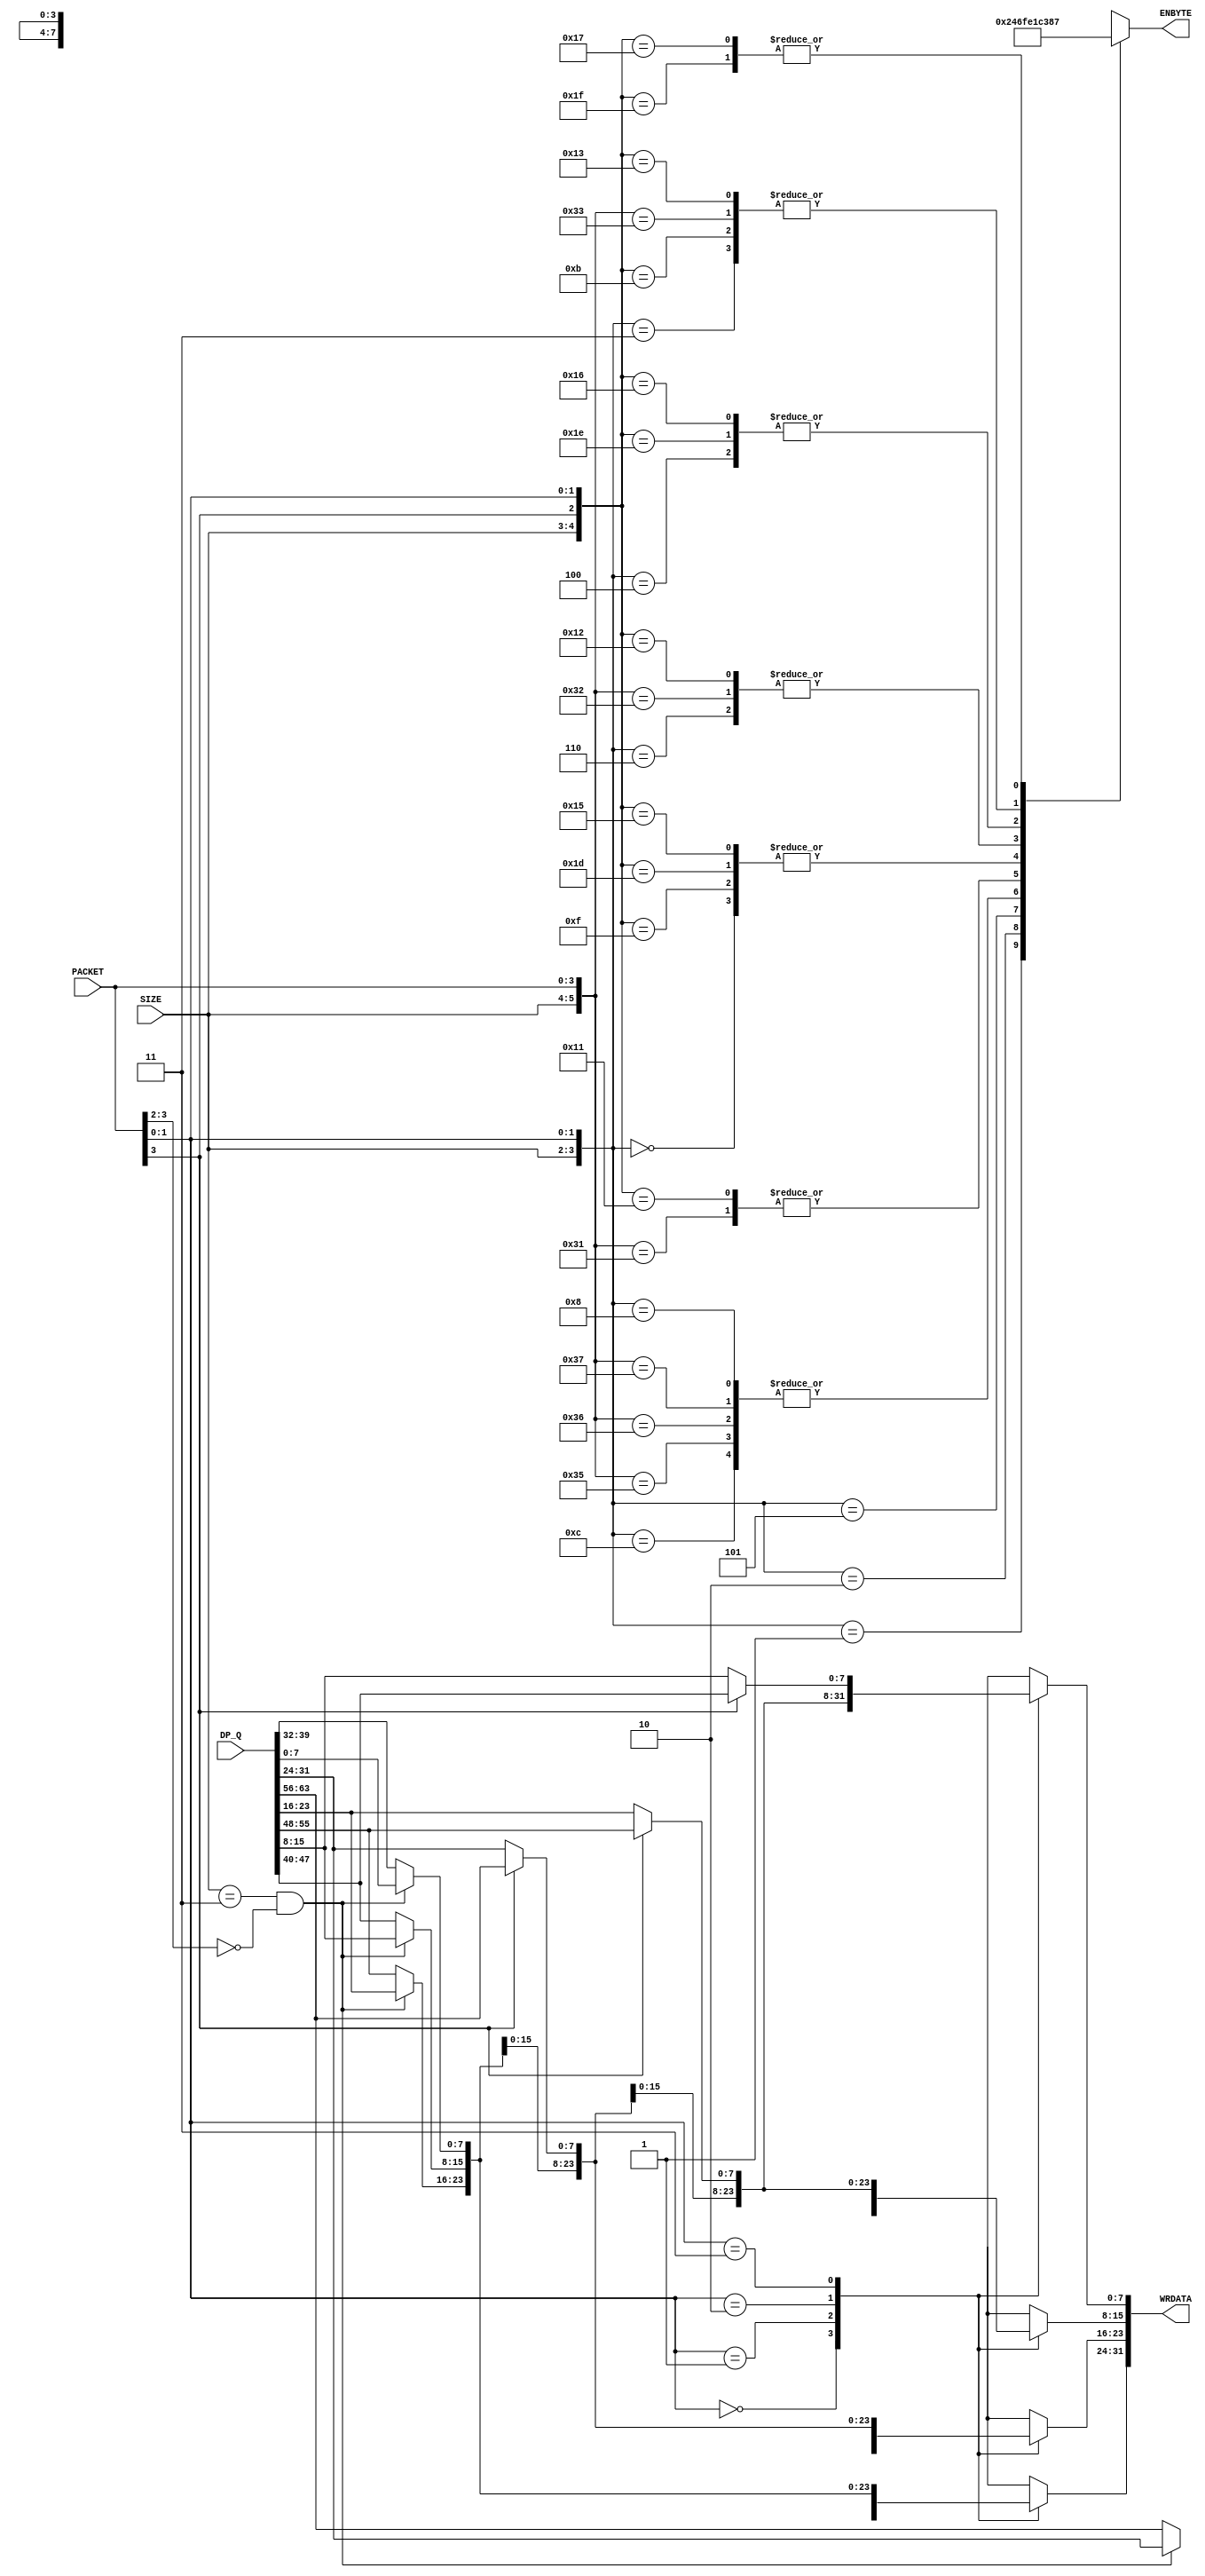
// +++++++++++++++++++++++++++++++++++++++++++++++++++++++++++++++++++++++++++++++++++++++++++++++++
//
// This file is part of the M32632 project
// http://opencores.org/project,m32632
//
//	Version:	2.0
//	History:	1.0 first release of 30 Mai 2015
//
// Copyright (C) 2016 Udo Moeller
// 
// This source file may be used and distributed without 
// restriction provided that this copyright statement is not 
// removed from the file and that any derivative work contains 
// the original copyright notice and the associated disclaimer.
// 
// This source file is free software; you can redistribute it 
// and/or modify it under the terms of the GNU Lesser General 
// Public License as published by the Free Software Foundation;
// either version 2.1 of the License, or (at your option) any 
// later version. 
// 
// This source is distributed in the hope that it will be 
// useful, but WITHOUT ANY WARRANTY; without even the implied 
// warranty of MERCHANTABILITY or FITNESS FOR A PARTICULAR 
// PURPOSE. See the GNU Lesser General Public License for more 
// details. 
// 
// You should have received a copy of the GNU Lesser General 
// Public License along with this source; if not, download it 
// from http://www.opencores.org/lgpl.shtml 
// 
// +++++++++++++++++++++++++++++++++++++++++++++++++++++++++++++++++++++++++++++++++++++++++++++++++
//
//	Modules contained in this file:
//	1. WR_ALINGER	alignes write data to cache and external devices
//	2. RD_ALINGER	alignes read data for the data path
//
// ++++++++++++++++++++++++++++++++++++++++++++++++++++++++++++++++++++++++++++++++++++++++++++++++++

// ++++++++++++++++++++++++++++++++++++++++++++++++++++++++++++++++++++++++++++++++++++++++++++++++++
//
//	1. WR_ALINGER	alignes write data to cache and external devices
//
// ++++++++++++++++++++++++++++++++++++++++++++++++++++++++++++++++++++++++++++++++++++++++++++++++++
module WR_ALIGNER ( PACKET, DP_Q, SIZE, WRDATA, ENBYTE );

	input	 [3:0]	PACKET;	// [3:2] Paketnumber , [1:0] Startaddress
	input	[63:0]	DP_Q;
	input	 [1:0]	SIZE;
	output	[31:0]	WRDATA;
	output	 [3:0]	ENBYTE;

	reg		 [3:0]	ENBYTE;
	reg		 [7:0]	dbyte0,dbyte1,dbyte2,dbyte3;
	wire			switch;
	
// Data packet 	[ B7 ],[ B6 ],[ B5 ],[ B4 ],[ B3 ],[ B2 ],[ B1 ],[ B0 ]
// Address , i.e. 001 : one DWORD
// gives  2 packets : 1. packet             [-B6-----B5-----B4-]
// 2. packet, Address + 4           							 [-B7-]
// Addresse , i.e. 010 : one QWORD
// gives  3 packets : 1. packet             [-B1-----B0-]
// 2. packet, Address + 4 					[-B5-----B4-----B3-----B2-]
// 3. packet, Address + 8 								  [-B7-----B6-]

//	SIZE PACKET ADR : Outputbus 
//		00	00	00		 x  x  x B4
//		00	00	01		 x  x B4  x
//		00	00	10		 x B4  x  x
//		00	00	11		B4  x  x  x

//		01	00	00		 x  x B5 B4
//		01	00	01		 x B5 B4  x
//		01	00	10		B5 B4  x  x
//		01	00	11		B4  x  x  x
//		01	10	11		 x  x  x B5

//		10	00	00		B7 B6 B5 B4
//		10	00	01		B6 B5 B4  x
//		10	10	01		 x  x  x B7
//		10	00	10		B5 B4  x  x
//		10	10	10		 x  x B7 B6
//		10	00	11		B4  x  x  x
//		10	10	11		 x B7 B6 B5

//		11	00	00		B3 B2 B1 B0
//		11	10	00		B7 B6 B5 B4
//		11	00	01		B2 B1 B0  x
//		11	01	01		B6 B5 B4 B3
//		11	10	01		 x  x  x B7
//		11	00	10		B1 B0  x  x
//		11	01	10		B5 B4 B3 B2
//		11	10	10		 x  x B7 B6
//		11	00	11		B0  x  x  x
//		11	01	11		B4 B3 B2 B1
//		11	10	11		 x B7 B6 B5

	assign switch = (SIZE == 2'b11) & (PACKET[3:2] == 2'b00);
	
	always @(DP_Q or switch or PACKET)
		case (PACKET[1:0])
		  2'b00 : dbyte0 =    switch ?   DP_Q[7:0] : DP_Q[39:32];
		  2'b01 : dbyte0 = PACKET[3] ? DP_Q[63:56] : DP_Q[31:24];
		  2'b10 : dbyte0 = PACKET[3] ? DP_Q[55:48] : DP_Q[23:16];
		  2'b11 : dbyte0 = PACKET[3] ? DP_Q[47:40] :  DP_Q[15:8];
		endcase
		
	always @(DP_Q or switch or PACKET)
		case (PACKET[1:0])
		  2'b00 : dbyte1 =    switch ?  DP_Q[15:8] : DP_Q[47:40];
		  2'b01 : dbyte1 =    switch ?   DP_Q[7:0] : DP_Q[39:32];
		  2'b10 : dbyte1 = PACKET[3] ? DP_Q[63:56] : DP_Q[31:24];
		  2'b11 : dbyte1 = PACKET[3] ? DP_Q[55:48] : DP_Q[23:16];
		endcase
		
	always @(DP_Q or switch or PACKET)
		case (PACKET[1:0])
		  2'b00 : dbyte2 =    switch ? DP_Q[23:16] : DP_Q[55:48];
		  2'b01 : dbyte2 =    switch ?  DP_Q[15:8] : DP_Q[47:40];
		  2'b10 : dbyte2 =    switch ?   DP_Q[7:0] : DP_Q[39:32];
		  2'b11 : dbyte2 = PACKET[3] ? DP_Q[63:56] : DP_Q[31:24];
		endcase

	always @(DP_Q or switch or PACKET)
		case (PACKET[1:0])
		  2'b00 : dbyte3 =    switch ? DP_Q[31:24] : DP_Q[63:56];
		  2'b01 : dbyte3 =    switch ? DP_Q[23:16] : DP_Q[55:48];
		  2'b10 : dbyte3 =    switch ?  DP_Q[15:8] : DP_Q[47:40];
		  2'b11 : dbyte3 =    switch ?   DP_Q[7:0] : DP_Q[39:32];
		endcase
		
	assign WRDATA = {dbyte3,dbyte2,dbyte1,dbyte0};

	always @(SIZE or PACKET)
		casex ({SIZE,PACKET})
		  6'b00_xx_00 : ENBYTE = 4'b0001;	// BYTE
		  6'b00_xx_01 : ENBYTE = 4'b0010;
		  6'b00_xx_10 : ENBYTE = 4'b0100;
		  6'b00_xx_11 : ENBYTE = 4'b1000;
		 //
		  6'b01_xx_00 : ENBYTE = 4'b0011;	// WORD
		  6'b01_xx_01 : ENBYTE = 4'b0110;
		  6'b01_xx_10 : ENBYTE = 4'b1100;
		  6'b01_0x_11 : ENBYTE = 4'b1000;
		  6'b01_1x_11 : ENBYTE = 4'b0001;
		 //
		  6'b11_xx_00 : ENBYTE = 4'b1111;	// QWORD
		  6'b11_00_01 : ENBYTE = 4'b1110;
		  6'b11_01_01 : ENBYTE = 4'b1111;
		  6'b11_1x_01 : ENBYTE = 4'b0001;
		  6'b11_00_10 : ENBYTE = 4'b1100;
		  6'b11_01_10 : ENBYTE = 4'b1111;
		  6'b11_1x_10 : ENBYTE = 4'b0011;
		  6'b11_00_11 : ENBYTE = 4'b1000;
		  6'b11_01_11 : ENBYTE = 4'b1111;
		  6'b11_1x_11 : ENBYTE = 4'b0111;
		 //	
		  6'b10_xx_00 : ENBYTE = 4'b1111;	// DWORD
		  6'b10_0x_01 : ENBYTE = 4'b1110;
		  6'b10_1x_01 : ENBYTE = 4'b0001;
		  6'b10_0x_10 : ENBYTE = 4'b1100;
		  6'b10_1x_10 : ENBYTE = 4'b0011;
		  6'b10_0x_11 : ENBYTE = 4'b1000;
		  6'b10_1x_11 : ENBYTE = 4'b0111;
		endcase
		  
endmodule

// ++++++++++++++++++++++++++++++++++++++++++++++++++++++++++++++++++++++++++++++++++++++++++++++++++
//
//	2. RD_ALINGER	alignes read data for the data path
//
// ++++++++++++++++++++++++++++++++++++++++++++++++++++++++++++++++++++++++++++++++++++++++++++++++++
module RD_ALIGNER ( BCLK, ACC_OK, PACKET, SIZE, REG_OUT, RDDATA, CA_HIT, DP_DI, AUX_QW );

	input			BCLK;
	input			ACC_OK;
	input	 [3:0]	PACKET;	// [3:2] Paketnumber , [1:0] Startaddress
	input	 [1:0]	SIZE;
	input			REG_OUT;
	input	[31:0]	RDDATA;
	input			CA_HIT;
	
	output	[31:0]	DP_DI;
	output	reg		AUX_QW;
	
	reg		 [6:0]	enable;
	reg		 [7:0]	dreg_0,dreg_1,dreg_2,dreg_3,dreg_4,dreg_5,dreg_6;
	reg		 [7:0]	out_0,out_1,out_2,out_3;
	
// RD_ALIGNER principal working : 10 is last packet , 01 is packet in between

// Not aligned QWORD  : ADR[1:0] = 3 i.e.
// Bytes to datapath  :	. - . - 4 - 4
// Bytes from memory  :	1 - 4 - 3 - .
// ACC_DONE		   	  :	_______/----\__
//	+ 1 cycle					____/--
// at the end 2 cycles lost. ACC_DONE informs the Op-Dec that data is available and sent one clock cycle later
// the LSD of QWORD access. (ACC_DONE -> REG_OUT is happening in ADDR_UNIT.)
//
// SIZE PACKET ADR :	Output data 					 ACC_OK
//		00	--	00		 x  x  x B0		Byte				1
//		00	--	01		 x  x  x B1							1
//		00	--	10		 x  x  x B2							1
//		00	--	11		 x  x  x B3							1

//		01	00	00		 x  x B1 B0		Word				1
//		01	00	01		 x  x B2 B1							1
//		01	00	10		 x  x B3 B2							1
//		01	00	11		B3  x  x  x	-> Reg : R4  -  -  -	0
//		01	10	11		 x  x B0 R4							1

//		10	00	00		B3 B2 B1 B0		DWORD				1
//		10	00	01		B3 B2 B1  x	-> Reg : R6 R5 R4  -	0
//		10	10	01		B0 R6 R5 R4							1
//		10	00	10		B3 B2  x  x -> Reg : R5 R4  -  -	0
//		10	10	10		B1 B0 R5 R4							1
//		10	00	11		B3  x  x  x -> Reg : R4  -  -  -	0
//		10	10	11		B2 B1 B0 R4							1

//		11	00	00		B3 B2 B1 B0		QWORD				1	MSD
//		11	01	00		B3 B2 B1 B0		not out of Reg!		0	LSD
//		11	00	01		B3 B2 B1  x -> Reg : R2 R1 R0  -	0
//		11	01	01		B3 B2 B1 B0 -> Reg : R6 R5 R4 R3	0
//		11	10	01		B0 R6 R5 R4							1	MSD
//	next cycle:			R3 R2 R1 R0								LSD
//		11	00	10		B3 B2  x  x -> Reg : R1 R0  -  -	0
//		11	01	10		B3 B2 B1 B0 -> Reg : R5 R4 R3 R2	0
//		11	10	10		B1 B0 R5 R4							1	MSD
//	next cycle:			R3 R2 R1 R0								LSD
//		11	00	11		B3  x  x  x -> Reg : R0  -  -  -	0
//		11	01	11		B3 B2 B1 B0 -> Reg : R4 R3 R2 R1	0
//		11	10	11		B2 B1 B0 R4							1	MSD
//	next cycle:			R3 R2 R1 R0								LSD

// IO_ACCESS QWORD :
//		11	00	00		B3 B2 B1 B0 -> Reg : R3 R2 R1 R0	0
//		11	01	00		R3 R2 R1 R0 -> Reg : R3 R2 R1 R0	1	MSD
//	next cycle:			R3 R2 R1 R0								LSD

	always @(ACC_OK or SIZE or PACKET)
		casex ({ACC_OK,SIZE,PACKET})
		  7'b1_xx_0x_00 : enable = 7'b000_1111;	
		  7'b1_01_0x_11 : enable = 7'b001_0000;
		  7'b1_10_0x_01 : enable = 7'b111_0000;
		  7'b1_10_0x_10 : enable = 7'b011_0000;
		  7'b1_10_0x_11 : enable = 7'b001_0000;
		  7'b1_11_00_01 : enable = 7'b000_0111;	// QWORD
		  7'b1_11_01_01 : enable = 7'b111_1000;
		  7'b1_11_00_10 : enable = 7'b000_0011;
		  7'b1_11_01_10 : enable = 7'b011_1100;
		  7'b1_11_00_11 : enable = 7'b000_0001;
		  7'b1_11_01_11 : enable = 7'b001_1110;
		  default		: enable = 7'b000_0000;
		endcase
		
// Register for inbetween data: simple multiplexer

	always @(posedge BCLK)
		if (enable[0])
			case (PACKET[1:0])
			  2'b01 : dreg_0 <= RDDATA[15:8];
			  2'b10 : dreg_0 <= RDDATA[23:16];
			  2'b11 : dreg_0 <= RDDATA[31:24];
			default : dreg_0 <= RDDATA[7:0];
			endcase

	always @(posedge BCLK)
		if (enable[1])
			case (PACKET[1:0])
			  2'b01 : dreg_1 <= RDDATA[23:16];
			  2'b10 : dreg_1 <= RDDATA[31:24];
			  2'b11 : dreg_1 <= RDDATA[7:0];
			default : dreg_1 <= RDDATA[15:8];
			endcase

	always @(posedge BCLK)
		if (enable[2])
			case (PACKET[1:0])
			  2'b01 : dreg_2 <= RDDATA[31:24];
			  2'b10 : dreg_2 <= RDDATA[7:0];
			  2'b11 : dreg_2 <= RDDATA[15:8];
			default : dreg_2 <= RDDATA[23:16];
			endcase

	always @(posedge BCLK)
		if (enable[3])
			case (PACKET[1:0])
			  2'b01 : dreg_3 <= RDDATA[7:0];
			  2'b10 : dreg_3 <= RDDATA[15:8];
			  2'b11 : dreg_3 <= RDDATA[23:16];
			default : dreg_3 <= RDDATA[31:24];
			endcase

	always @(posedge BCLK)
		if (enable[4])
			case (PACKET[1:0])
			  2'b01 : dreg_4 <= RDDATA[15:8];
			  2'b10 : dreg_4 <= RDDATA[23:16];
			  2'b11 : dreg_4 <= RDDATA[31:24];
			default : dreg_4 <= dreg_4;
			endcase

	always @(posedge BCLK) if (enable[5]) dreg_5 <= PACKET[1] ? RDDATA[31:24] : RDDATA[23:16];
	
	always @(posedge BCLK) if (enable[6]) dreg_6 <= RDDATA[31:24];

	// +++++++++++++++++++++++
	
	always @(SIZE or PACKET or RDDATA or dreg_0 or dreg_4)
		casex ({SIZE,PACKET[3],PACKET[1:0]})
		  5'b0x_0_01 : out_0 = RDDATA[15:8];
		  5'b0x_0_10 : out_0 = RDDATA[23:16];
		  5'b00_0_11 : out_0 = RDDATA[31:24];
		  5'b01_1_11 : out_0 = dreg_4;
		  5'b1x_1_01 : out_0 = dreg_4;
		  5'b1x_1_1x : out_0 = dreg_4;
		  default	 : out_0 = RDDATA[7:0];
		endcase

	always @(SIZE or PACKET or RDDATA or dreg_1 or dreg_5)
		casex ({SIZE,PACKET[3],PACKET[1:0]})
		  5'b01_0_01 : out_1 = RDDATA[23:16];
		  5'b01_0_10 : out_1 = RDDATA[31:24];
		  5'bxx_x_11 : out_1 = RDDATA[7:0];
		  5'b1x_1_01 : out_1 = dreg_5;
		  5'b1x_1_10 : out_1 = dreg_5;
		  default	 : out_1 = RDDATA[15:8];
		endcase
		
	always @(SIZE or PACKET or RDDATA or dreg_2 or dreg_6)
		case ({SIZE[1],PACKET[3],PACKET[1:0]})
		  4'b1_1_01 : out_2 = dreg_6;
		  4'b1_1_10 : out_2 = RDDATA[7:0];
		  4'b1_1_11 : out_2 = RDDATA[15:8];
		  default	: out_2 = RDDATA[23:16];
		endcase
		
	always @(SIZE or PACKET or RDDATA or dreg_3)
		case ({SIZE[1],PACKET[3],PACKET[1:0]})
		  4'b1_1_01 : out_3 = RDDATA[7:0];
		  4'b1_1_10 : out_3 = RDDATA[15:8];
		  4'b1_1_11 : out_3 = RDDATA[23:16];
		  default	: out_3 = RDDATA[31:24];
		endcase
		
	assign DP_DI = REG_OUT ? {dreg_3,dreg_2,dreg_1,dreg_0} : {out_3,out_2,out_1,out_0};
	
	// ++++++++++++++++ Special case QWord if cache switched off +++++++++++++++++++
	
	always @(posedge BCLK) AUX_QW <= ACC_OK & ~CA_HIT & (SIZE == 2'b11) & PACKET[3];
	
endmodule